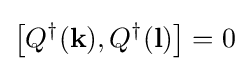
\left[Q^{\dagger }(\mathbf {k} ),Q^{\dagger }(\mathbf {l} )\right]=0